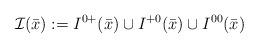
LaTeX: \begin{align*}\mathcal I(\bar x):=I^{0+}(\bar x)\cup I^{+0}(\bar x)\cup I^{00}(\bar x)\end{align*}